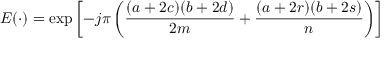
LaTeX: E ( \cdot ) = \exp \left[ - j \pi \left( { \frac { ( a + 2 c ) ( b + 2 d ) } { 2 m } } + { \frac { ( a + 2 r ) ( b + 2 s ) } { n } } \right) \right]